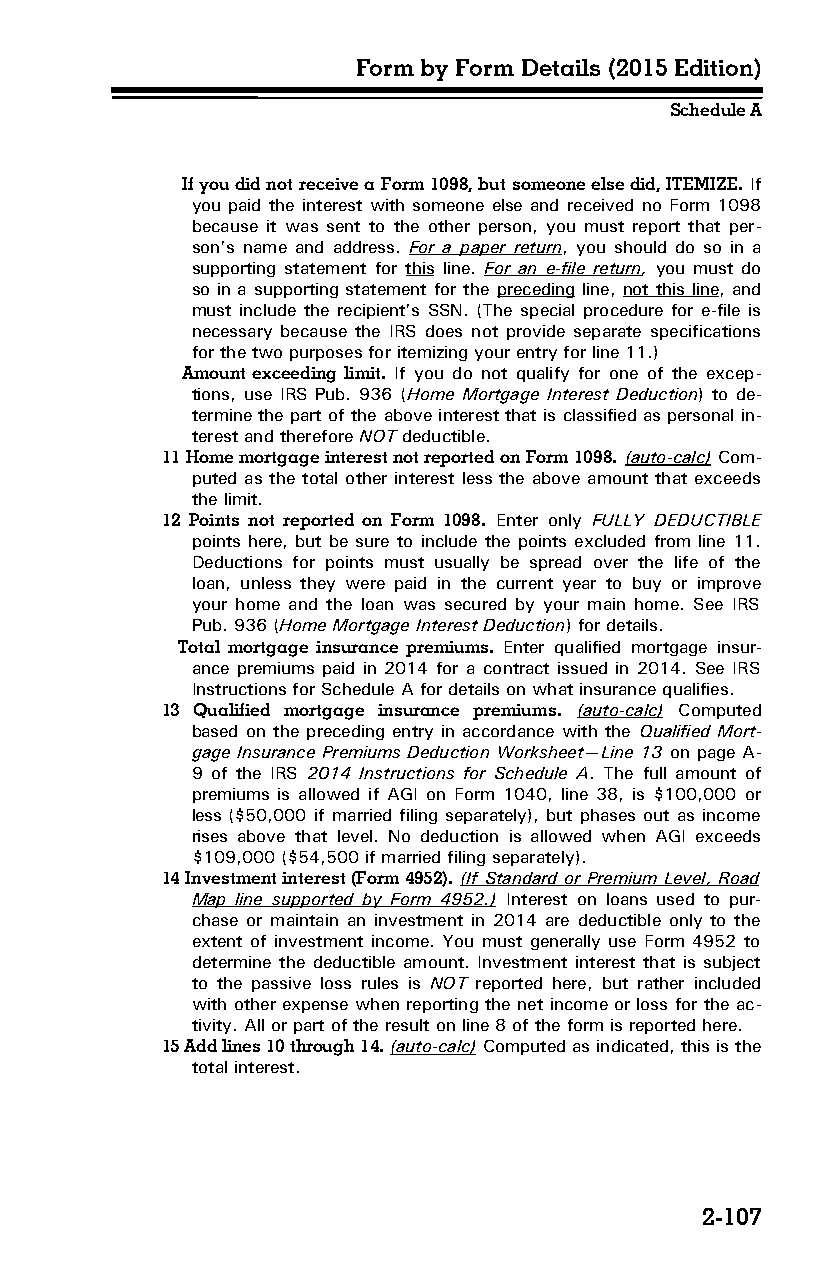
Form by Form Details (2015 Edition)
 Schedule A
 If you did not receive a Form 1098, but someone else did, ITEMIZE. If
 you paid the interest with someone else and received no Form 1098
 because it was sent to the other person, you must report that per­
 son’s name and address. For a paper return, you should do so in a
 supporting statement for this line. For an e-file return, you must do
 so in a supporting statement for the preceding line, not this line, and
 must include the recipient’s SSN. (The special procedure for e-file is
 necessary because the IRS does not provide separate specifications
 for the two purposes for itemizing your entry for line 11.)
 Amount exceeding limit. If you do not qualify for one of the excep­
 tions, use IRS Pub. 936 (Home Mortgage Interest Deduction) to de­
 termine the part of the above interest that is classified as personal in­
 terest and therefore NOT deductible.
 11 Home mortgage interest not reported on Form 1098. (auto-calc) Com­
 puted as the total other interest less the above amount that exceeds
 the limit.
 12 Points not reported on Form 1098. Enter only FULLY DEDUCTIBLE
 points here, but be sure to include the points excluded from line 11.
 Deductions for points must usually be spread over the life of the
 loan, unless they were paid in the current year to buy or improve
 your home and the loan was secured by your main home. See IRS
 Pub. 936 (Home Mortgage Interest Deduction) for details.
 Total mortgage insurance premiums. Enter qualified mortgage insur­
 ance premiums paid in 2014 for a contract issued in 2014. See IRS
 Instructions for Schedule A for details on what insurance qualifies.
 13 Qualified mortgage insurance premiums. (auto-calc) Computed
 based on the preceding entry in accordance with the Qualified Mort­
 gage Insurance Premiums Deduction Worksheet—Line 13 on page A-
 9 of the IRS 2014 Instructions for Schedule A. The full amount of
 premiums is allowed if AGI on Form 1040, line 38, is $100,000 or
 less ($50,000 if married filing separately), but phases out as income
 rises above that level. No deduction is allowed when AGI exceeds
 $109,000 ($54,500 if married filing separately).
 14 Investment interest (Form 4952). (If Standard or Premium Level, Road
 Map line supported by Form 4952.) Interest on loans used to pur­
 chase or maintain an investment in 2014 are deductible only to the
 extent of investment income. You must generally use Form 4952 to
 determine the deductible amount. Investment interest that is subject
 to the passive loss rules is NOT reported here, but rather included
 with other expense when reporting the net income or loss for the ac­
 tivity. All or part of the result on line 8 of the form is reported here.
 15 Add lines 10 through 14. (auto-calc) Computed as indicated, this is the
 total interest.
 2-107